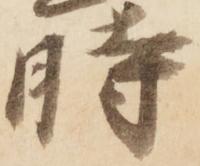
時